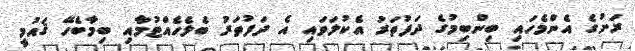
ރަށުގެ އެންމެހައި ބިންބިމުގެ ދަފުތަރު އެކުލަވައި އެ ދަފުތަރު ބެލެހެއްޓުމާއި ބިމާބެހޭ ޤައުމީ